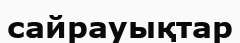
сайрауықтар